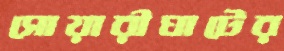
সোয়ারীঘাটের